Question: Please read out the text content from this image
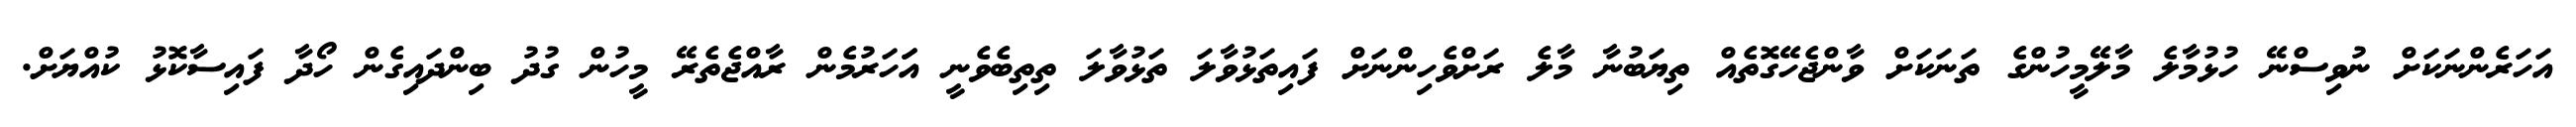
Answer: އަހަރެންނަކަށް ނުވިސްނޭ ހުޅުމާލެ މާލޭމީހުންގެ ތަނަކަށް ވާންޖެހޭގޮތެއް ތިޔަބުނާ މާލެ ރަށްވެހިންނަށް ފައިތަޅުވާލަ ތަޅުވާލަ ތިތިބެވެނީ އަަހަރުމެން ރާއްޖެތެރޭ މީހުން ގުދު ބިންދައިގެން ހޯދާ ފައިސާކޮޅު ކުއްޔަށް.